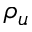
\rho _ { u }